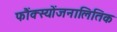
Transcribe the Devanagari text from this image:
फौंक्स्योंजनालितिक